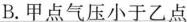
B.甲点气压小于乙点